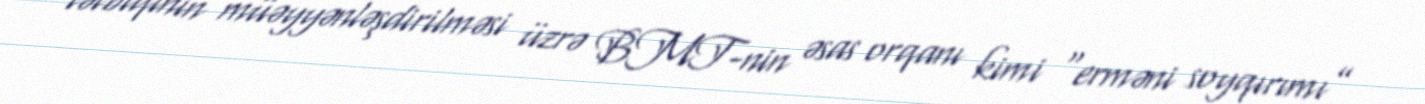
tətbiqinin müəyyənləşdirilməsi üzrə BMT-nin əsas orqanı kimi “erməni soyqırımı”